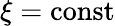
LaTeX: \xi=\mathrm{const}